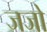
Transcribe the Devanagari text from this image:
जजो